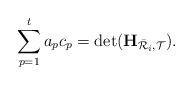
LaTeX: \begin{align*}\sum_{p=1}^{t}a_{p}c_{p}=\det(\mathbf{H}_{\bar{\mathcal{R}}_i,\mathcal{T}}).\end{align*}